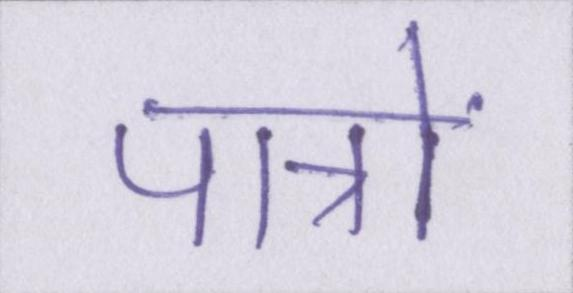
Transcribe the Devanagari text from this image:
पात्रों